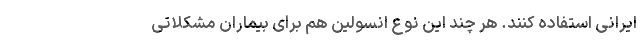
ایرانی استفاده کنند. هر چند این نوع انسولین هم برای بیماران مشکلاتی